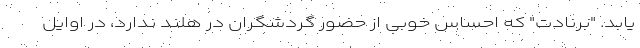
یابد. "برنادت" که احساس خوبی از حضور گردشگران در هلند ندارد، در اوایل